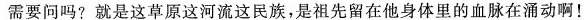
需要问吗?就是这草原这河流这民族，是祖先留在他身体里的血脉在涌动啊！